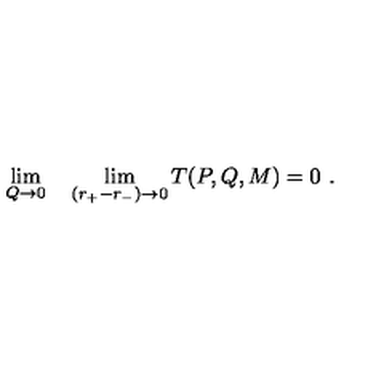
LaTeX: \lim _ { Q \rightarrow 0 } \quad \lim _ { ( r _ { + } - r _ { - } ) \rightarrow 0 } T ( P , Q , M ) = 0 \ .